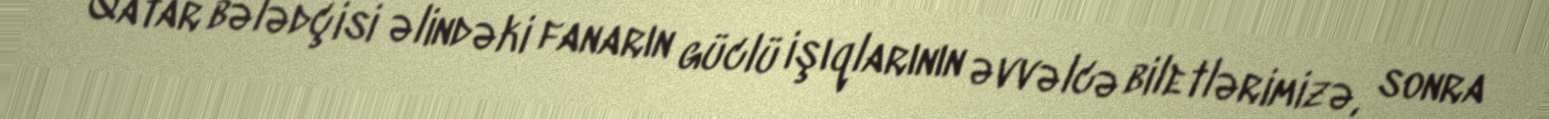
Qatar bələdçisi əlindəki fanarın güclü işıqlarının əvvəlcə biletlərimizə, sonra